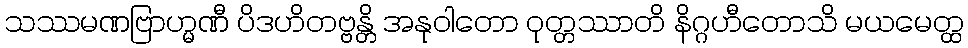
သဿမဏဗြာဟ္မဏီ ပိဒဟိတဗ္ဗန္တိ အနုဝါတော ဝုတ္တဿာတိ နိဂ္ဂဟီတောသိ မယမေတ္ထ